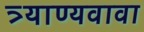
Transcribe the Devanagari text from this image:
त्र्याण्यवावा